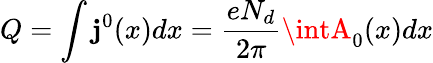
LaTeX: Q=\int\mathbf{j}^{0}(x)dx=\frac{{eN_{d}}}{{2\pi}}\intA_{0}(x)dx